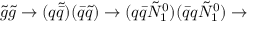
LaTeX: { \tilde { g } } { \tilde { g } } \rightarrow ( q { \tilde { \bar { q } } } ) ( { \bar { q } } { \tilde { q } } ) \rightarrow ( q { \bar { q } } { \tilde { N } } _ { 1 } ^ { 0 } ) ( { \bar { q } } q { \tilde { N } } _ { 1 } ^ { 0 } ) \rightarrow